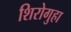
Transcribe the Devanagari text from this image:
शिरोगुहा